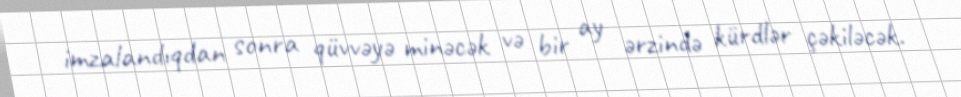
imzalandıqdan sonra qüvvəyə minəcək və bir ay ərzində kürdlər çəkiləcək.